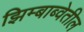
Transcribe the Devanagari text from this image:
झिम्बाब्वेतील